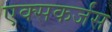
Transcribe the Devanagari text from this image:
एक्सकर्जंस